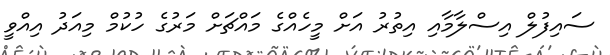
ސައިފުލް އިސްލާމާއި އިތުރު އަށް މީހެއްގެ މައްޗަށް މަރުގެ ހުކުމް މިއަދު އިއްވީ